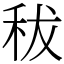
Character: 秡